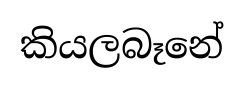
කියලබෑනේ